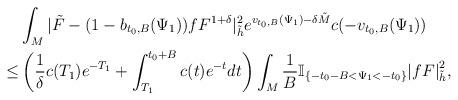
LaTeX: \begin{align*}&\int_{M}|\tilde{F}-(1-b_{t_0,B}(\Psi_1))fF^{1+\delta}|^2_{\tilde{h}}e^{v_{t_0,B}(\Psi_1)-\delta \tilde{M}}c(-v_{t_0,B}(\Psi_1))\\\le & \left(\frac{1}{\delta}c(T_1)e^{-T_1}+\int_{T_1}^{t_0+B}c(t)e^{-t}dt\right)\int_M \frac{1}{B} \mathbb{I}_{\{-t_0-B< \Psi_1 < -t_0\}} {|fF|}^2_{\tilde{h}},\end{align*}